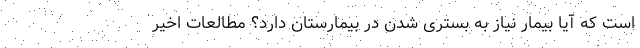
است که آیا بیمار نیاز به بستری شدن در بیمارستان دارد؟ مطالعات اخیر